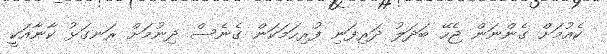
ކެއުމަށް ގެންނަން ޖެހޭ ބަދަލު ދަރިފަނި ފުރިހަމަކަން ގެނެސް ދިނުމަށް ރަނގަޅު ކާނާއަކީ